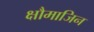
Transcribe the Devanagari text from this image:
क्षौमाजिन